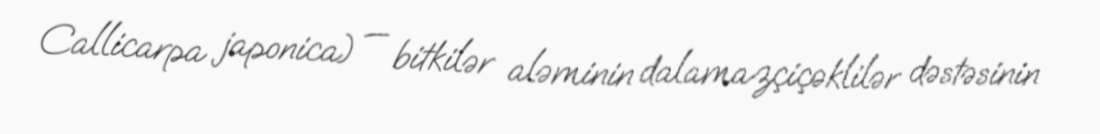
Callicarpa japonica) — bitkilər aləminin dalamazçiçəklilər dəstəsinin